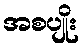
အစပျိုး